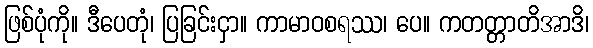
ဖြစ်ပုံကို။ ဒီပေတုံ၊ ပြခြင်းငှာ။ ကာမာဝစရဿ၊ ပေ။ ကတတ္တာတိအာဒိ၊